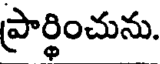
ప్రార్థించును.